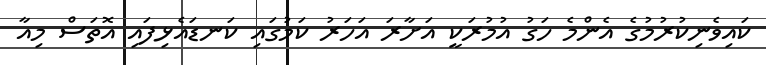
ކައިވެނިކުރުމުގެ އެންމެ ހަގު އުމުރަކީ އަށާރަ އަހަރު ކަމުގައި ކަނޑައެޅިފައި އޮތަސް މިއާ